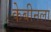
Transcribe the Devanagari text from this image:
केबीनला